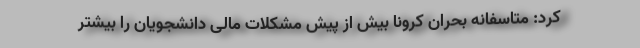
کرد: متاسفانه بحران کرونا بیش از پیش مشکلات مالی دانشجویان را بیشتر